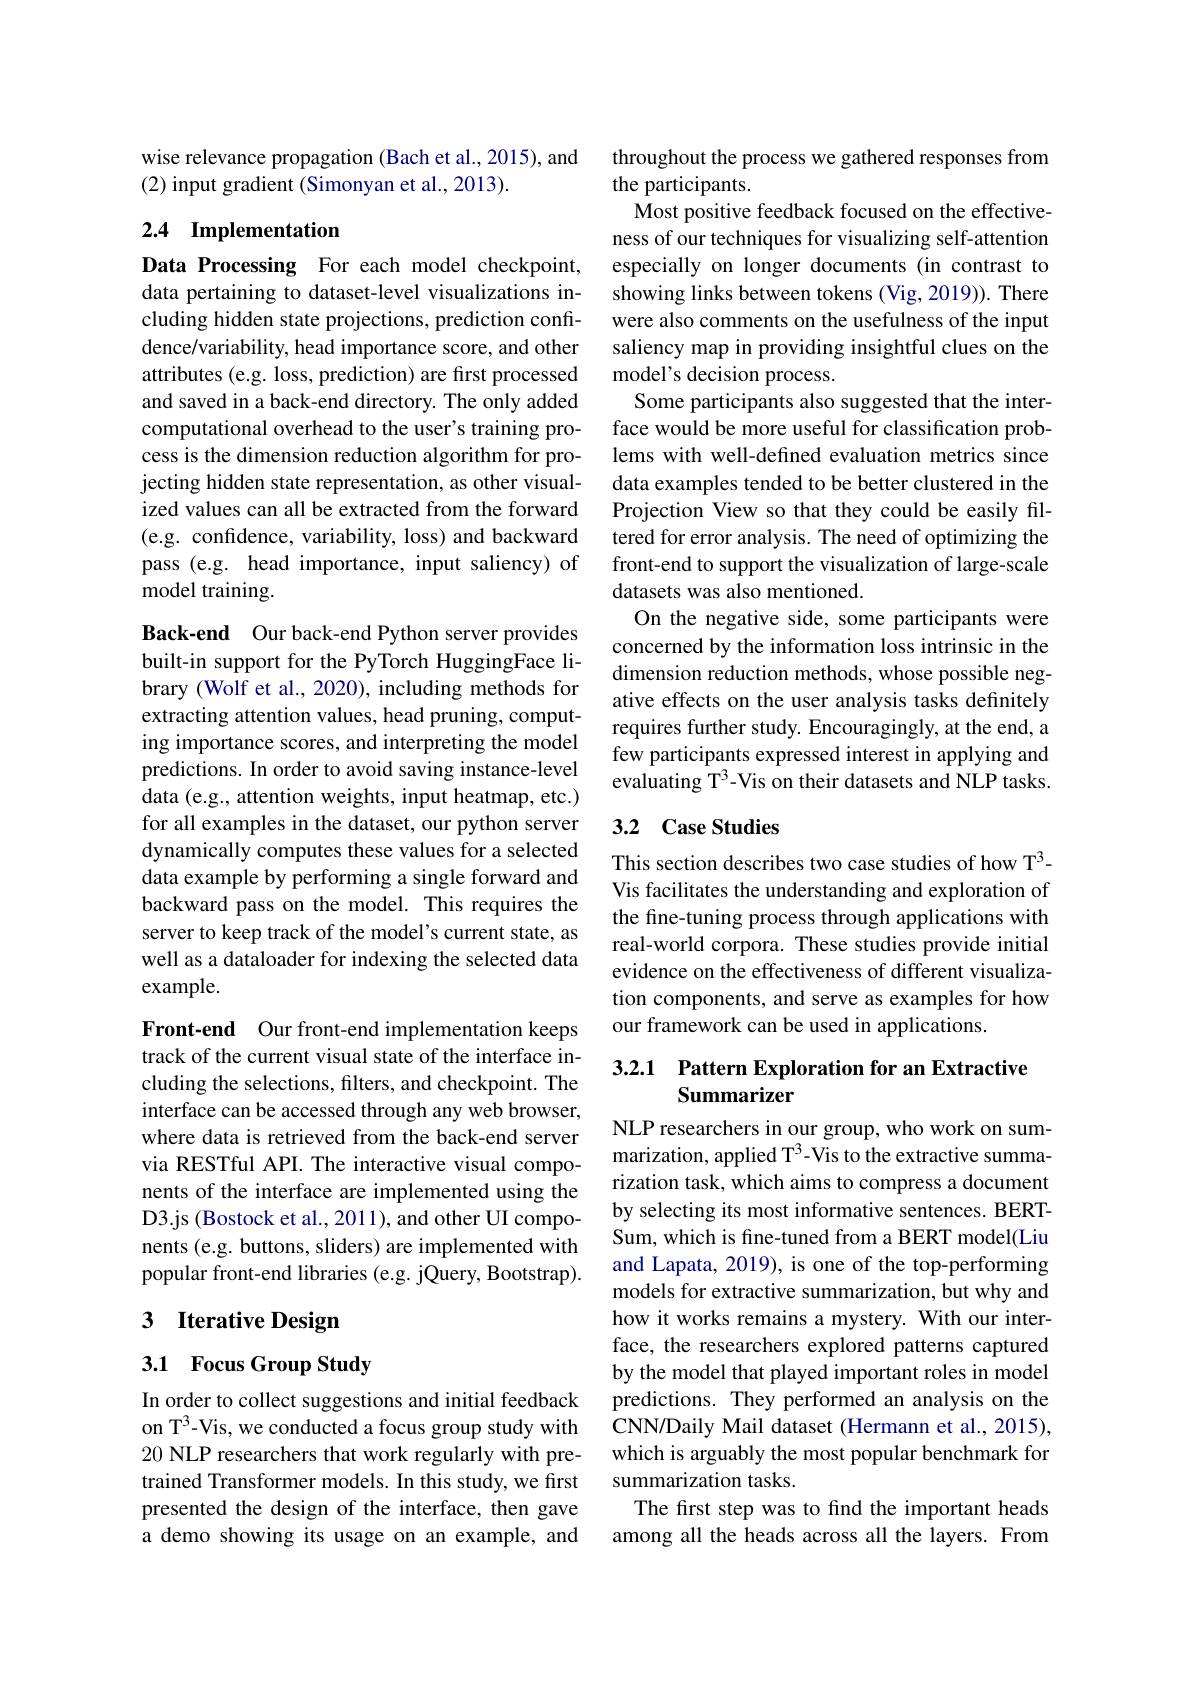
wise relevance propagation (Bach et al., 2015), and
(2) input gradient (Simonyan et al., 2013).

## 2.4 Implementation

Data Processing For each model checkpoint, data pertaining to dataset-level visualizations including hidden state projections, prediction confidence/variability, head importance score, and other attributes (e.g. loss, prediction) are first processed and saved in a back-end directory. The only added computational overhead to the user's training process is the dimension reduction algorithm for projecting hidden state representation, as other visualized values can all be extracted from the forward (e.g. confidence, variability, loss) and backward pass (e.g. head importance, input saliency) of model training.

Back-end Our back-end Python server provides built-in support for the PyTorch HuggingFace library (Wolf et al., 2020), including methods for extracting attention values, head pruning, computing importance scores, and interpreting the model predictions. In order to avoid saving instance-level data (e.g., attention weights, input heatmap, etc.) for all examples in the dataset, our python server dynamically computes these values for a selected data example by performing a single forward and backward pass on the model. This requires the server to keep track of the model's current state, as well as a dataloader for indexing the selected data example.

Front-end Our front-end implementation keeps track of the current visual state of the interface including the selections, filters, and checkpoint. The interface can be accessed through any web browser, where data is retrieved from the back-end server via RESTful API. The interactive visual components of the interface are implemented using the D3.js (Bostock et al., 2011), and other UI components (e.g. buttons, sliders) are implemented with popular front-end libraries (e.g. jQuery, Bootstrap).

## 3 Iterative Design

3.1 Focus Group Study

In order to collect suggestions and initial feedback on T$^3$-Vis, we conducted a focus group study with 20 NLP researchers that work regularly with pretrained Transformer models. In this study, we first presented the design of the interface, then gave a demo showing its usage on an example, and

throughout the process we gathered responses from
the participants.
Most positive feedback focused on the effectiveness of our techniques for visualizing self-attention especially on longer documents (in contrast to showing links between tokens (Vig, 2019)). There were also comments on the usefulness of the input saliency map in providing insightful clues on the model's decision process.
Some participants also suggested that the interface would be more useful for classification problems with well-defined evaluation metrics since data examples tended to be better clustered in the Projection View so that they could be easily filtered for error analysis. The need of optimizing the front-end to support the visualization of large-scale datasets was also mentioned.
On the negative side, some participants were concerned by the information loss intrinsic in the dimension reduction methods, whose possible negative effects on the user analysis tasks definitely requires further study. Encouragingly, at the end, a few participants expressed interest in applying and $\bar{\text{evaluating T}^3}$-Vis on their datasets and NLP tasks.

## 3.2 Case Studies

This section describes two case studies of how T$^3-$ Vis facilitates the understanding and exploration of the fine-tuning process through applications with real-world corpora. These studies provide initial evidence on the effectiveness of different visualization components, and serve as examples for how our framework can be used in applications.

### 3.2.1 Pattern Exploration for an Extractive Summarizer

NLP researchers in our group, who work on summarization, applied T$^{3}$-Vis to the extractive summarization task, which aims to compress a document by selecting its most informative sentences. BERTSum, which is fine-tuned from a BERT model(Liu and Lapata, 2019), is one of the top-performing models for extractive summarization, but why and how it works remains a mystery. With our interface, the researchers explored patterns captured by the model that played important roles in model predictions. They performed an analysis on the CNN/Daily Mail dataset (Hermann et al., 2015), which is arguably the most popular benchmark for summarization tasks.
The first step was to find the important heads among all the heads across all the layers. From